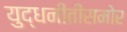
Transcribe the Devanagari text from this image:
युद्धनीतीसमोर